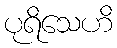
ပုရိသေဟိ